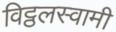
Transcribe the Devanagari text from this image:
विट्ठलस्वामी